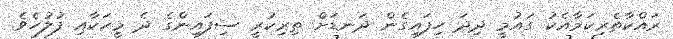
ރައްކާތެރިކަމާއެކު ގައުމީ ދިދަ ހިފައިގެން ދަނޑަށް ތިރިކުރީ ސިފައިންގެ ދެ މީހަކާއި ފުލުހެވެ.